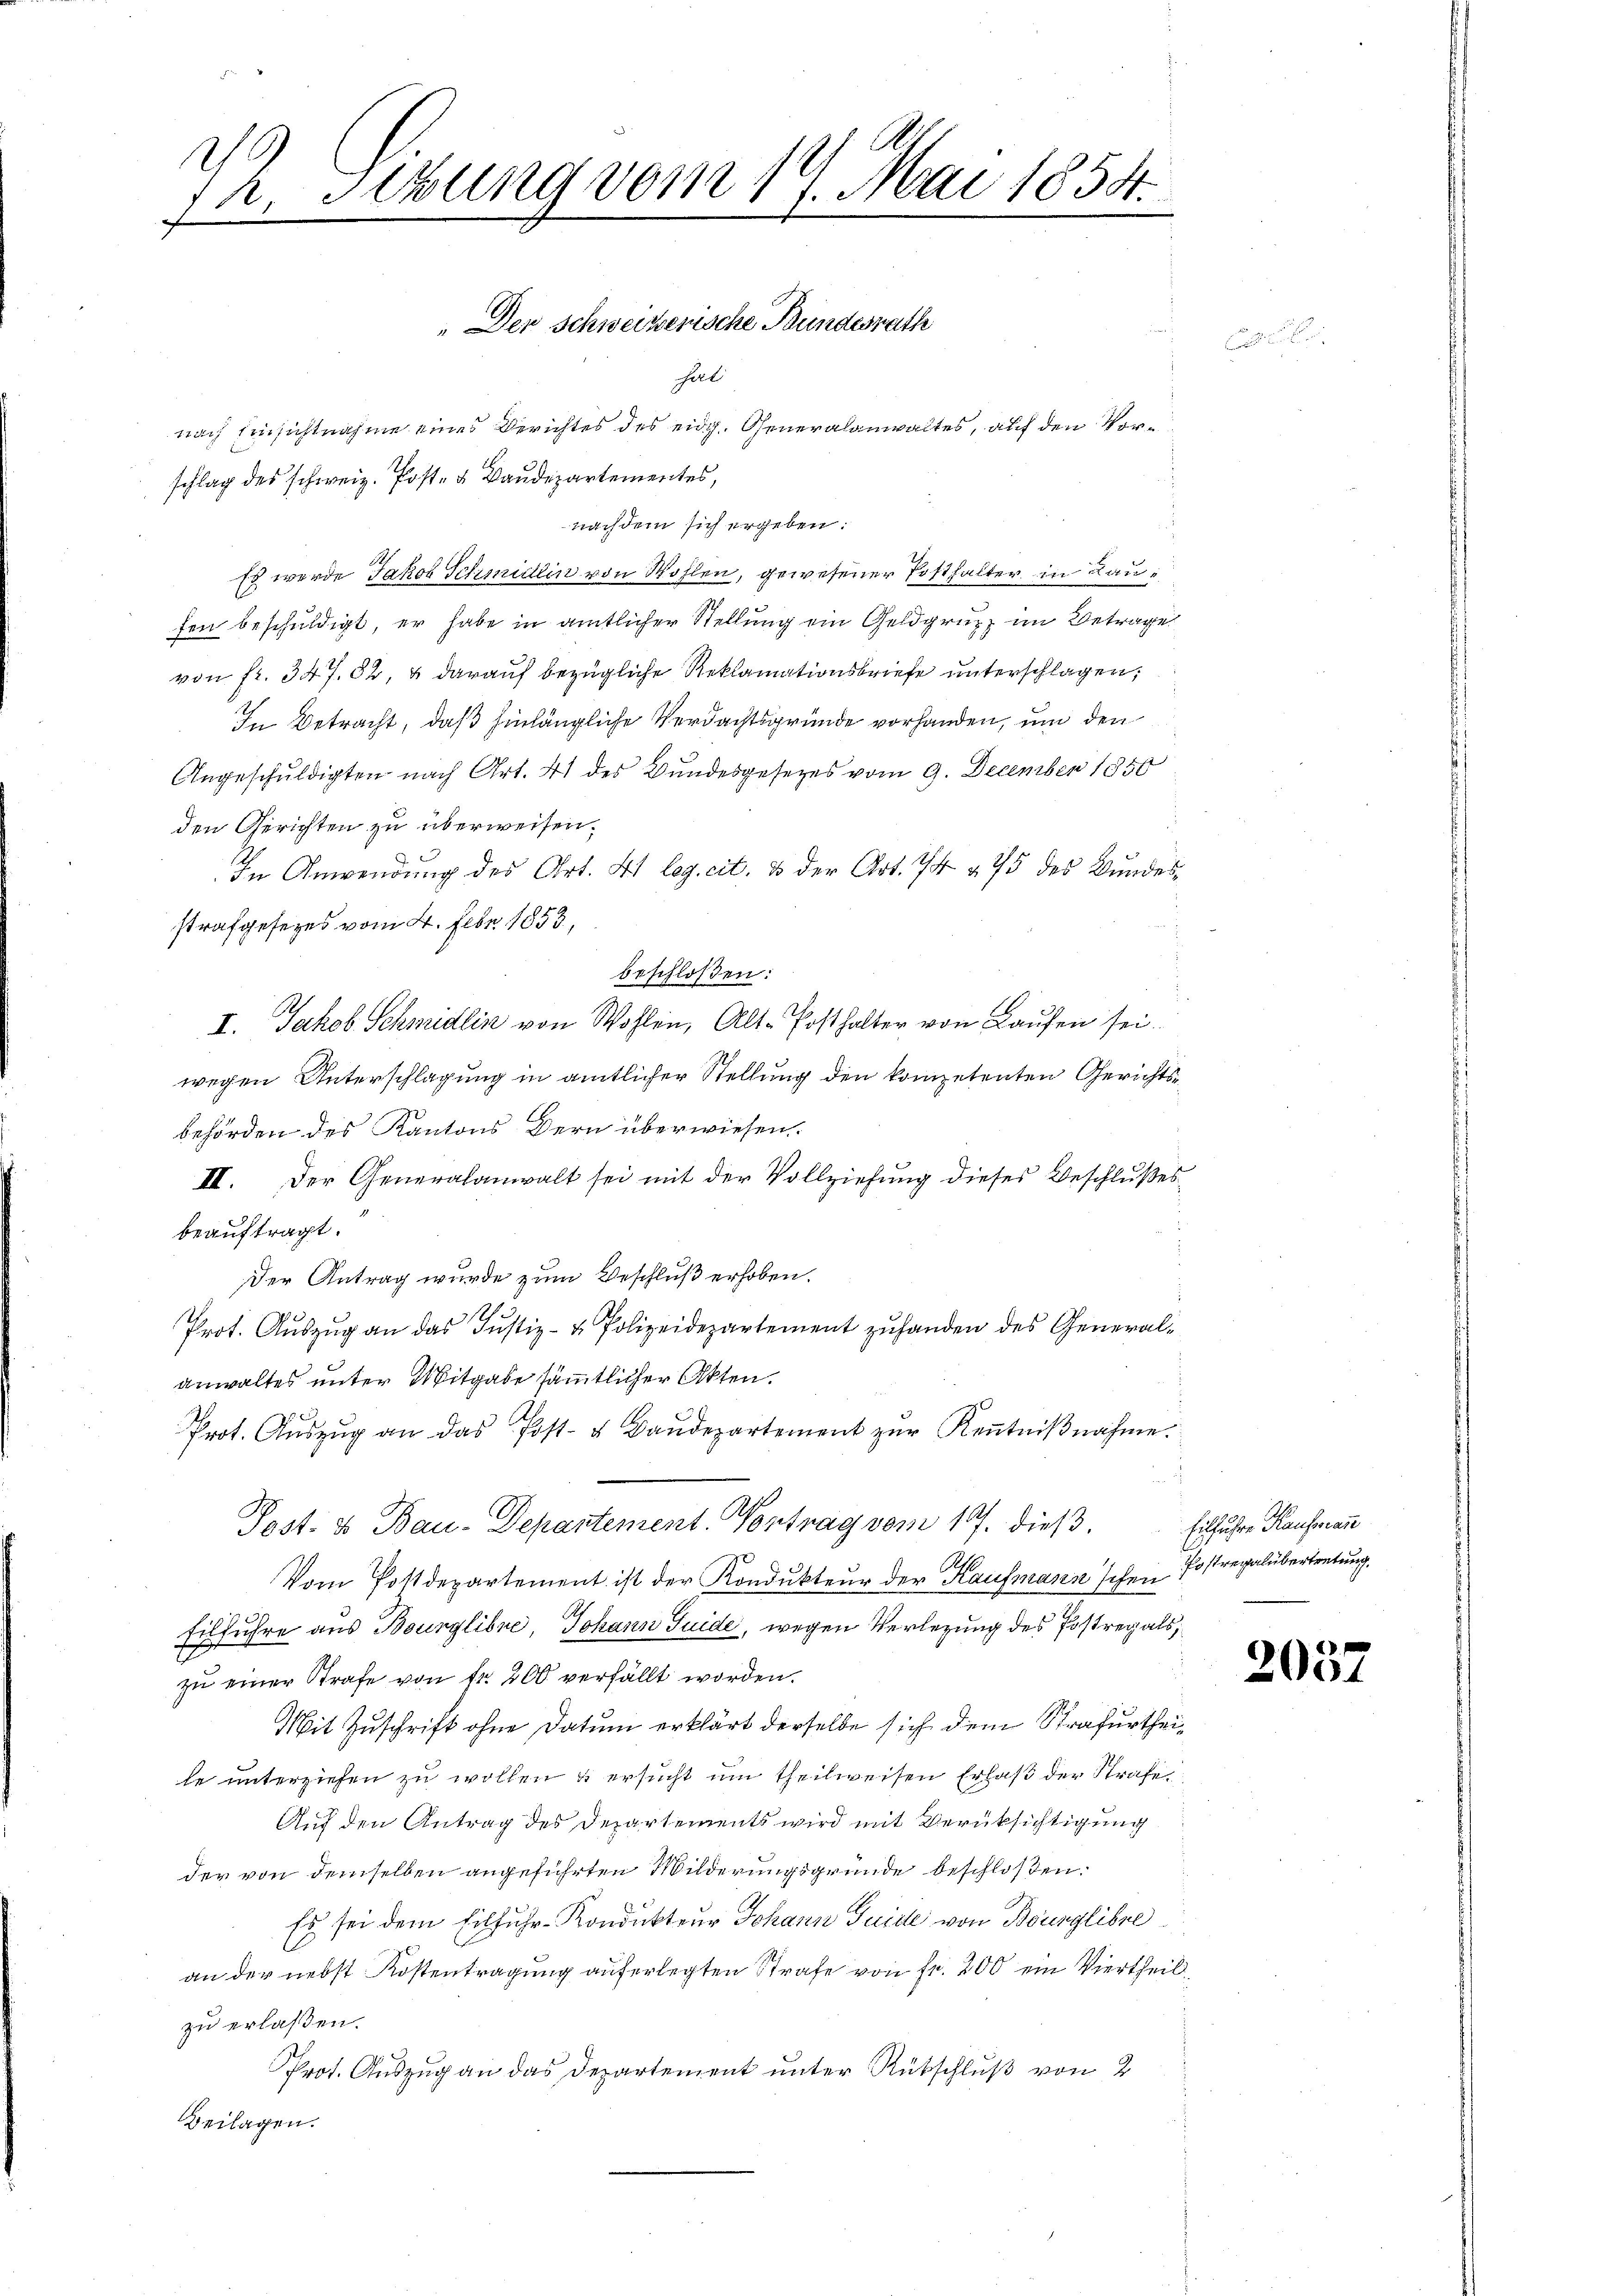
2. Sitzung vom 14. Mai 1854.
E

„Der Schweizerische Bundesrath
hell

nach Einsichtnahme eines Berichtes des eidg. Generalanwaltes, auf den Vorschlag des schweiz. Post- & Baudepartementes,
nachdem sich ergeben:
Es werde Jakob Schmidlin von Wohlen, gewesener Posthalter in Raufen beschuldigt, er habe in amtlicher Stellung ein Geldgrupp im Betrage
von fr. 347. 82, & darauf bezügliche Reklamationsbriefe unterschlagen;
In Betracht, daß hinlängliche Verdachtsgründe vorhanden, um den
Angeschuldigten nach Art. 41 des Bundesgesetzes vom 9. December 1850
den Gerichten zu überweisen.
In Anwendung des Art. 41 leg. cit. 3 der Art. 74 § 75 des Bundesstrafgesezes vom 4. Febr. 1853,
beschloßen:
II. Jakob Schmidlin von Wohlen, Alt-Posthalter von Laufen sei.
wegen Unterschlagung in amtlicher Stellung den kompetenten Gerichtsbehörden des Kantons Bern überwiesen.
III. Der Generalanwalt sei mit der Vollziehung dieses Beschlußes
beauftragt.
Der Antrag wurde zum Beschluß erhoben.
Ah.
Prot. Auszug an das Justiz- & Polizeidepartement zuhanden des Generalanwaltes unter Mitgabe sämmtlicher Akten.
Prot. Aŭszŭg an das Post- u Baŭdepartement zŭr Keṅtniβnahme.
Post- & Bau-Departement. Contrag vom 17. dieß.
Vom Postdepartement ist der Kondukteur der Kaufmann'schen Postrevalübertretung,
Eilfuhre aus Bourglibne, Johann Guide, wegen Verlegung des Postregals,
zu einer Strafe von fr. 200 verfällt worden.
Mit Zuschrift ohne Datum erklärt derselbe sich dem Strafurtheile unterziehen zu wollen & ersucht um theilweisen Erlaß der Strafe
Auf den Antrag des Departements wird mit Berüksichtigung
der von demselben angeführten Wilderungsgründe beschloßen.
Es sei dem Eilfuhr-Kondukteur Johann Guide von Bourglibre
an der nebst Kostentragung auferlegten Strafe von fr. 200 ein Viertheilzu erlaßen.
Prot. Auszug an das Departement unter Rückschluß von 2
Beilagen.

Eiffuhre Kaufscan

2037